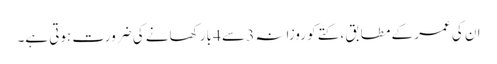
ان کی عمر کے مطابق ، کتے کو روزانہ 3 سے 4 بار کھانے کی ضرورت ہوتی ہے۔